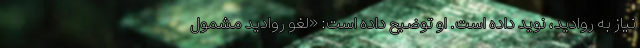
نیاز به روادید، نوید داده است. او توضیح داده است: «لغو روادید مشمول